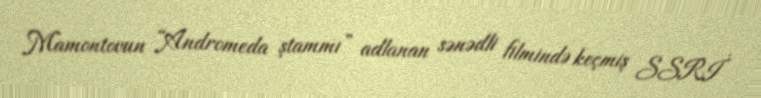
Mamontovun “Andromeda ştammı” adlanan sənədli filmində keçmiş SSRİ